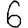
Digit: 6